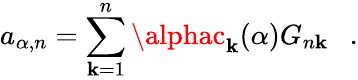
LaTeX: a_{\alpha,n}=\sum_{\mathbf{k}=1}^{n}\alphac_{\mathbf{k}}({\alpha})G_{n\mathbf{k}}~~~.